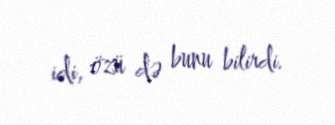
idi, özü də bunu bilirdi.